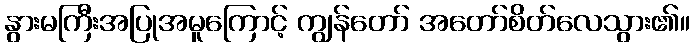
နွားမကြီးအပြုအမူကြောင့် ကျွန်တော် အတော်စိတ်လေသွား၏။